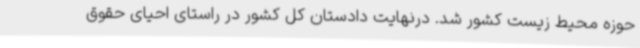
حوزه محیط ‌زیست کشور شد. درنهایت دادستان کل کشور در راستای احیای حقوق